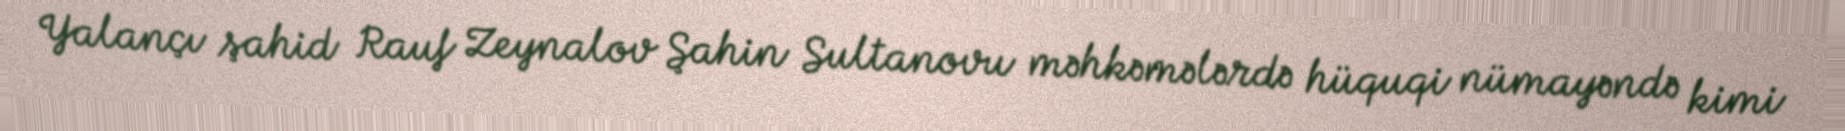
Yalançı şahid Rauf Zeynalov Şahin Sultanovu məhkəmələrdə hüquqi nümayəndə kimi